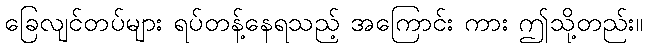
ခြေလျင်တပ်များ ရပ်တန့်နေရသည့် အကြောင်း ကား ဤသို့တည်း။